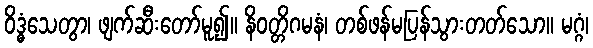
ဝိဒ္ဓံသေတွာ၊ ဖျက်ဆီးတော်မူ၍။ နိဝတ္တိဂမနံ၊ တစ်ဖန်မပြန်သွားတတ်သော။ မဂ္ဂံ၊